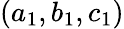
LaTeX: (a_{1},b_{1},c_{1})